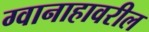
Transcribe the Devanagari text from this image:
ग्वानाहावरील